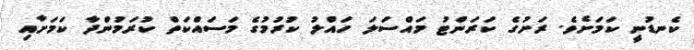
ކެނޑުނީ ކަމަށެވެ. ރަށުގެ ކަރަންޓު މައްސަލަ ހައްލު ކުރުމުގެ މަސައްކަތް ކުރަމުންދާ ކަމަށާއި